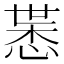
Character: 𢜨